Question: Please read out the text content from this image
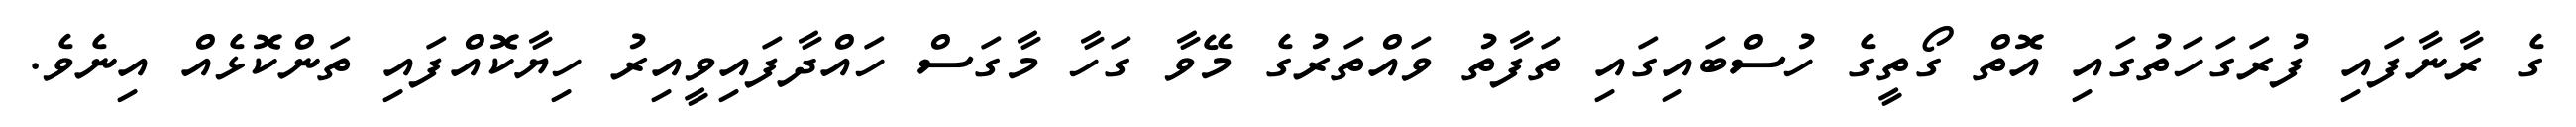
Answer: ގެ ރާނާފައި ފުރަގަހަތުގައި އޮތް ގޯތީގެ ހުސްބައިގައި ތަފާތު ވައްތަރުގެ މޭވާ ގަހާ މާގަސް ހައްދާފައިވީއިރު ހިޔާކޮއްފައި ތަންކޮޅެއް އިނެވެ.